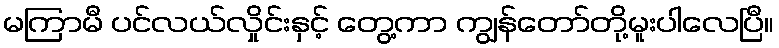
မကြာမီ ပင်လယ်လှိုင်းနှင့် တွေ့ကာ ကျွန်တော်တို့မူးပါလေပြီ။